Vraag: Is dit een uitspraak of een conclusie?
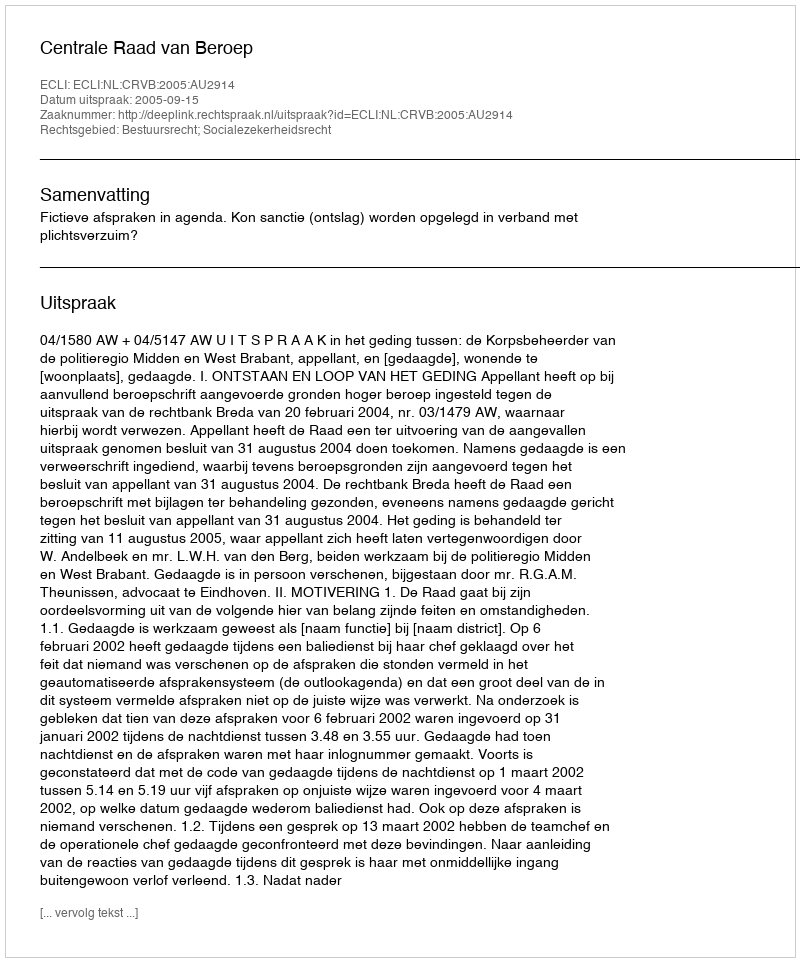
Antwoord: Uitspraak